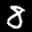
Label: 8